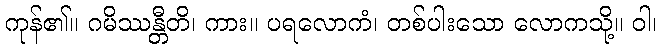
ကုန်၏။ ဂမိဿန္တီတိ၊ ကား။ ပရလောကံ၊ တစ်ပါးသော လောကသို့။ ဝါ၊